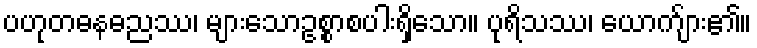
ပဟုတဓနဓညဿ၊ များသောဥစ္စာစပါးရှိသော။ ပုရိသဿ၊ ယောက်ျား၏။